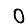
Digit: 0